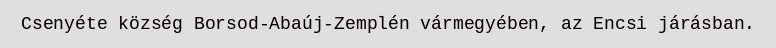
Csenyéte község Borsod-Abaúj-Zemplén vármegyében, az Encsi járásban.